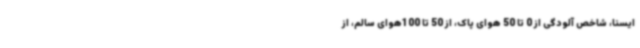
ایسنا، شاخص آلودگی از 0 تا 50 هوای پاک، از 50 تا 100هوای سالم، از